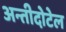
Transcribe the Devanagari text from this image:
अन्तीदोटेल